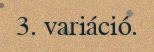
3. variáció.